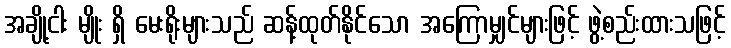
အချို့ငါး မျိုး ရှိ မေးရိုးများသည် ဆန့်ထုတ်နိုင်သော အကြောမျှင်များဖြင့် ဖွဲ့စည်းထားသဖြင့်